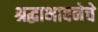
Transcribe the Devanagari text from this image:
श्रद्धाभावनेचे